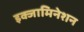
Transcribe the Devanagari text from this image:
इक्जामिनेशन